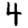
Digit: 4